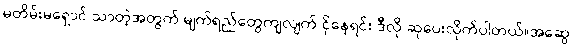
မတိမ်းမရှောင် သာတဲ့အတွက် မျက်ရည်တွေကျလျက် ငိုနေရင်း ဒီလို ဆုပေးလိုက်ပါတယ်။အဆွေ